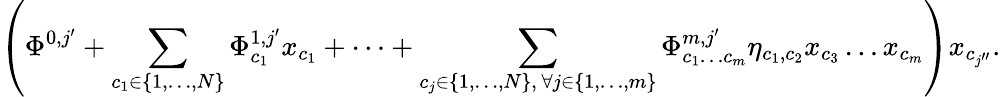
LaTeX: \left(\Phi^{0,j^{\prime}}+\sum_{\substack{c_{1}\in\{ 1,\dots,N\} }}\Phi_{c_{1}}^{1,j^{\prime}}x_{c_{1}}+\dots+\sum_{\substack{c_{j}\in\{ 1,\dots,N\} ,\, \forall j\in\{ 1,\dots,m\} }}\Phi_{c_{1}\dots c_{m}}^{m,j^{\prime}}\eta_{c_{1},c_{2}}x_{c_{3}}\dots x_{c_{m}}\right)x_{c_{j^{\prime\prime}}}.